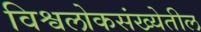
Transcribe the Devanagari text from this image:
विश्वलोकसंख्येतील